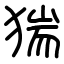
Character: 猯